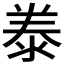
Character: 𭰣